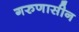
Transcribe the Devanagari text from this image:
गरुणासीन